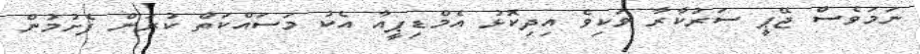
ނަމަވެސް ޖޭޕީ ސަރުކާރާ ވަކިވެ އިދިކޮޅު އެމްޑިޕީއާ އެކު މަސައްކަތް ކުރަން ފެށުމުން